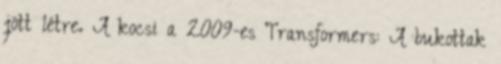
jött létre. A kocsi a 2009-es Transformers: A bukottak